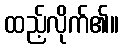
ထည့်လိုက်၏။